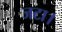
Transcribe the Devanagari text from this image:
जटा।